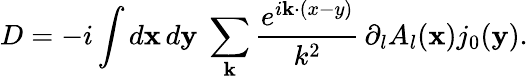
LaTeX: D=-i\int{}d{\mathbf x}\, d{\mathbf y}\ \sum_{\mathbf k}\frac{e^{i{\mathbf k\cdot(x-y)}}}{k^{2}}\, \partial_{l}A_{l}({\mathbf x})j_{0}({\mathbf y}).